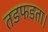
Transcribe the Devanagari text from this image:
तडफडता।